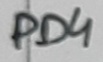
Text: PD4